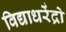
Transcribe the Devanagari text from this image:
विद्याधरेंद्रो